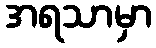
အရသာမှာ